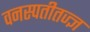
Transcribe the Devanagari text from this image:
वनस्पतीतज्‍ज्ञ